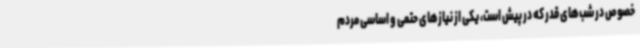
خصوص در شب‌های قدر که در پیش است، یکی از نیازهای حتمی و اساسی مردم